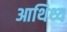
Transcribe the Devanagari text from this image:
आथिथ्य